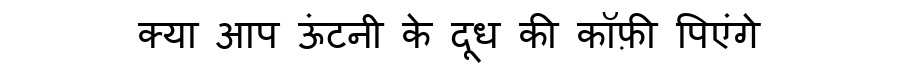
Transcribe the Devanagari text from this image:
क्या आप ऊंटनी के दूध की कॉफ़ी पिएंगे